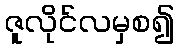
ဇူလိုင်လမှစ၍